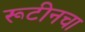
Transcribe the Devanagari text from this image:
रूटीनचा